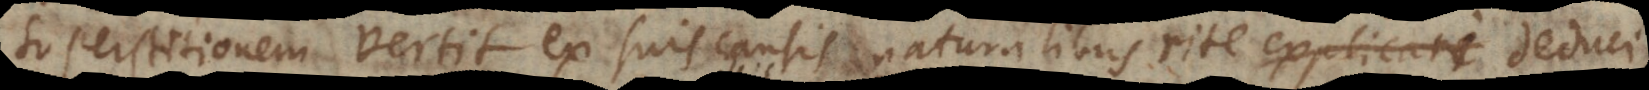
superstitionem vertit ex suis causis naturalibus rite explicari